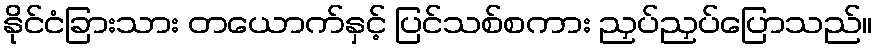
နိုင်ငံခြားသား တယောက်နှင့် ပြင်သစ်စကား ညှပ်ညှပ်ပြောသည်။